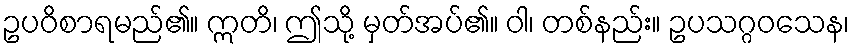
ဥပဝိစာရမည်၏။ ဣတိ၊ ဤသို့ မှတ်အပ်၏။ ဝါ၊ တစ်နည်း။ ဥပသဂ္ဂဝသေန၊